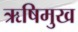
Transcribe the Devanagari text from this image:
ऋषिमुख